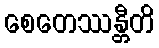
စေတေဿန္တီတိ